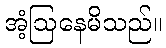
အံ့ဩနေမိသည်။